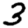
Digit: 3